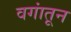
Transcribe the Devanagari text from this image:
वगांतून